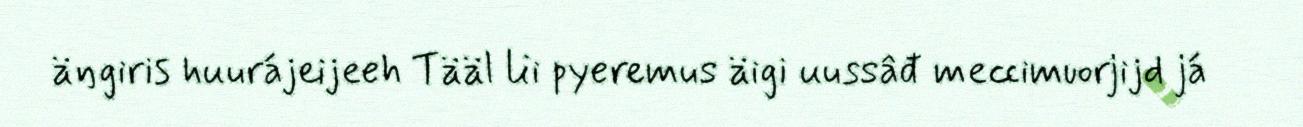
äŋgiris huurájeijeeh Tääl lii pyeremus äigi uussâđ meccimuorjijd já